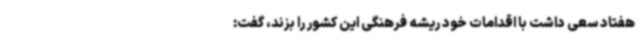
هفتاد سعی داشت با اقدامات خود ریشه فرهنگی این کشور را بزند، گفت: